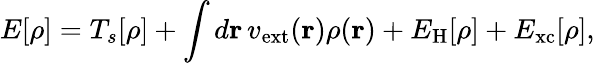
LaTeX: E[\rho]=T_{s}[\rho]+\int d\mathbf{r}\, v_{\mathrm{ext}}(\mathbf{r})\rho(\mathbf{r})+E_{\mathrm{H}}[\rho]+E_{\mathrm{xc}}[\rho],